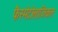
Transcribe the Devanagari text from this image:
फैस्मेटोलाजिकल